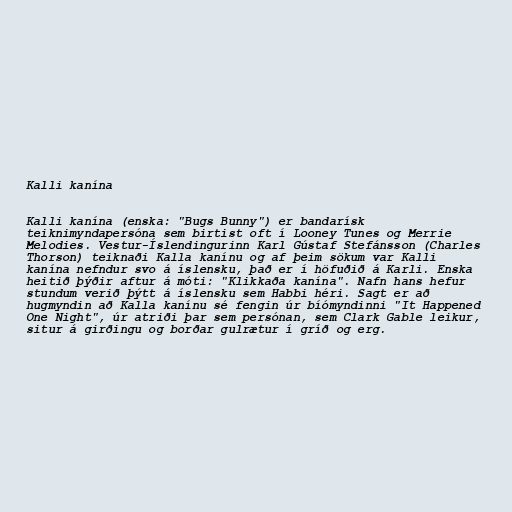
Kalli kanína

Kalli kanína (enska: "Bugs Bunny") er bandarísk
teiknimyndapersóna sem birtist oft í Looney Tunes og Merrie
Melodies. Vestur-Íslendingurinn Karl Gústaf Stefánsson (Charles
Thorson) teiknaði Kalla kanínu og af þeim sökum var Kalli
kanína nefndur svo á íslensku, það er í höfuðið á Karli. Enska
heitið þýðir aftur á móti: "Klikkaða kanína". Nafn hans hefur
stundum verið þýtt á íslensku sem Habbi héri. Sagt er að
hugmyndin að Kalla kanínu sé fengin úr bíómyndinni "It Happened
One Night", úr atriði þar sem persónan, sem Clark Gable leikur,
situr á girðingu og borðar gulrætur í gríð og erg.